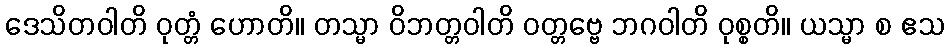
ဒေသိတဝါတိ ဝုတ္တံ ဟောတိ။ တသ္မာ ဝိဘတ္တဝါတိ ဝတ္တဗ္ဗေ ဘဂဝါတိ ဝုစ္စတိ။ ယသ္မာ စ ဧသ